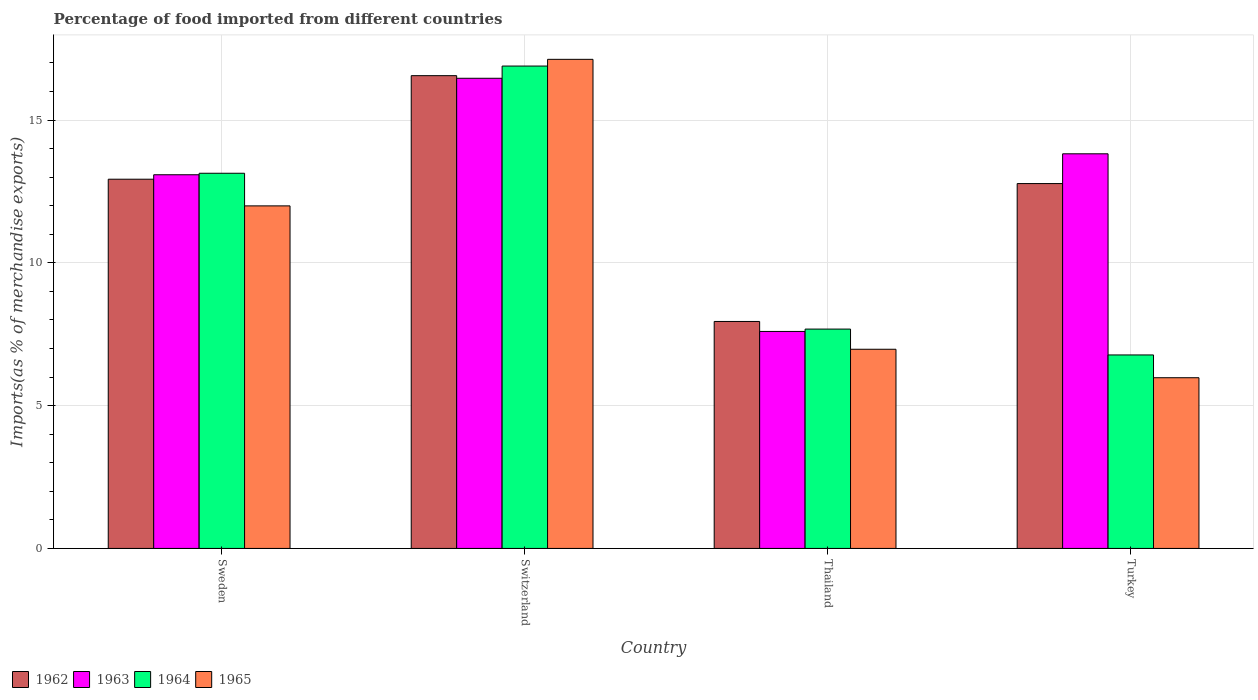
| Country | 1962 | 1963 | 1964 | 1965 |
 | --- | --- | --- | --- | --- |
 | Sweden | 12.9 | 13.1 | 13.1 | 12 |
 | Switzerland | 16.6 | 16.5 | 16.9 | 17.1 |
 | Thailand | 7.95 | 7.6 | 7.68 | 6.97 |
 | Turkey | 12.8 | 13.8 | 6.77 | 5.98 |